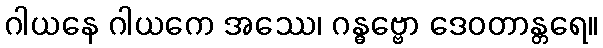
ဂါယနေ ဂါယကေ အဿေ၊ ဂန္ဓဗ္ဗော ဒေဝတာန္တရေ။